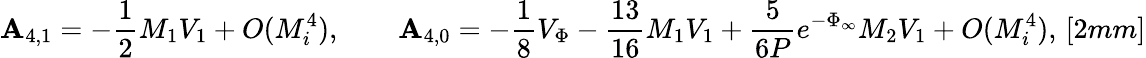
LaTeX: \mathbf{A}_{4,1}=-\frac{{1}}{{2}}M_{1}V_{1}+O(M_{i}^{4}),\qquad\mathbf{A}_{4,0}=-\frac{{1}}{{8}}V_{\Phi}-\frac{{13}}{{16}}M_{1}V_{1}+\frac{{5}}{{6P}}e^{-\Phi_{\infty}}M_{2}V_{1}+O(M_{i}^{4}),\, [2mm]